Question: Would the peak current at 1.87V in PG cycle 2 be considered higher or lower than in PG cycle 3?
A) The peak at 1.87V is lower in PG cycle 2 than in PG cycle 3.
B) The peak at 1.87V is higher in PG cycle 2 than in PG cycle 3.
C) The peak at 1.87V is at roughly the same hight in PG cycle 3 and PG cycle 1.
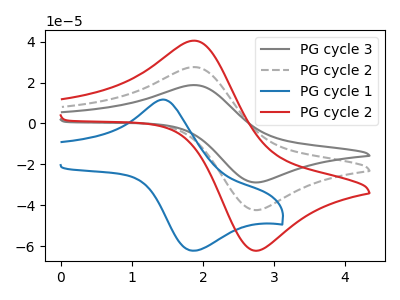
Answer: <think>The gray curve "PG cycle 3" has an anodic peak at (1.85V, 55.10uA) and a cathodic peak at (2.80V, -84.40uA). The gray dashed curve "PG cycle 2" has an anodic peak at (1.85V, 27.55uA) and a cathodic peak at (2.80V, -42.20uA). The blue curve "PG cycle 1" has an anodic peak at (1.45V, 11.65uA) and a cathodic peak at (1.85V, -62.20uA). The red curve "PG cycle 2" has an anodic peak at (1.85V, 40.45uA) and a cathodic peak at (2.80V, -62.00uA).</think>
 <answer>A) The peak at 1.87V is lower in "PG cycle 2" than in "PG cycle 3".</answer>
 <eval>A</eval>